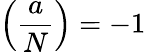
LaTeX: \left({\frac{a}{N}}\right)=-1